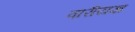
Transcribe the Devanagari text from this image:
वारीयज्ञ